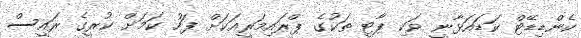
ކެންޑިޑޭޓް ކަޑައަޅާނީ ވަކި ޕާޓީ ތަކުގެ ޕްރައިމަރީއަކަށް ފަހު ކަމަށް ކުރީގެ ރައީސް